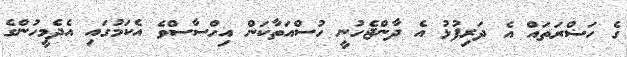
ގެ ހަޟްރަތައް އެ ދަރިފުޅު އެ ދާންޖެހުނީ ހުސްއަތާކަން އިހްސާސްވެ އެކަމުގައި އެދެމީހުންގެ